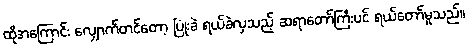
ထိုအကြောင်း လျှောက်တင်တော့ ပြုံးခဲ ရယ်ခဲလှသည့် ဆရာတော်ကြီးပင် ရယ်တော်မူသည်။